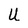
Character: U